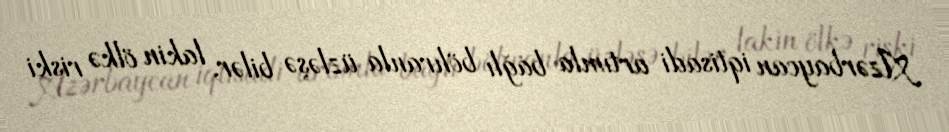
Azərbaycan iqtisadi artımla bağlı böhranla üzləşə bilər, lakin ölkə riski